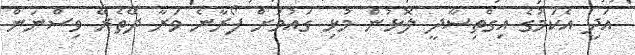
އަދި އެކަމުގެ އިގްތިސާދީ ލޮޅުން މުޅި ގައުމަށް ފޯރާނެ ވަރާ ދޭތެރޭ ވިސްނަން